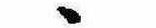
ゝ